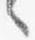
々